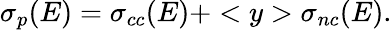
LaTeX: \sigma_{p}(E)=\sigma_{cc}(E)+<y>\sigma_{nc}(E).